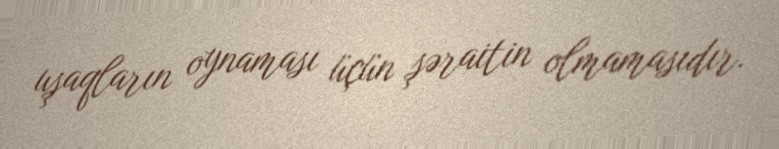
uşaqların oynaması üçün şəraitin olmamasıdır.